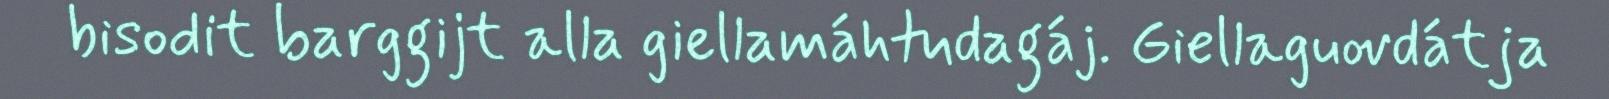
bisodit barggijt alla giellamáhtudagáj. Giellaguovdátja